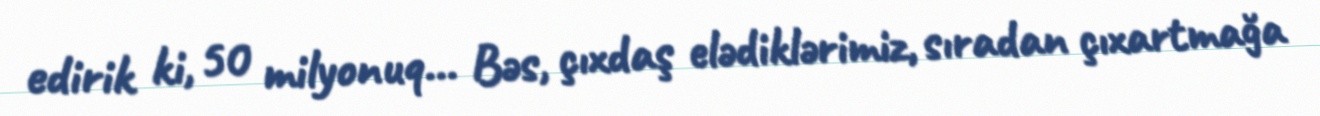
edirik ki, 50 milyonuq... Bəs, çıxdaş elədiklərimiz, sıradan çıxartmağa